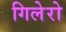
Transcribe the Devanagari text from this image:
गिलेरो